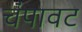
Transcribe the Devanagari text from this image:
चंपावट